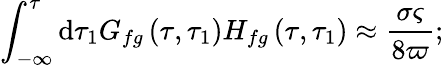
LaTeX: \int_{-\infty}^{\tau}\mathrm{d}\tau_{1}G_{fg}\left(\tau,\tau_{1}\right)H_{fg}\left(\tau,\tau_{1}\right)\approx\frac{\sigma\varsigma}{8\varpi};